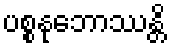
ပစ္စနုဘောဿန္တိ